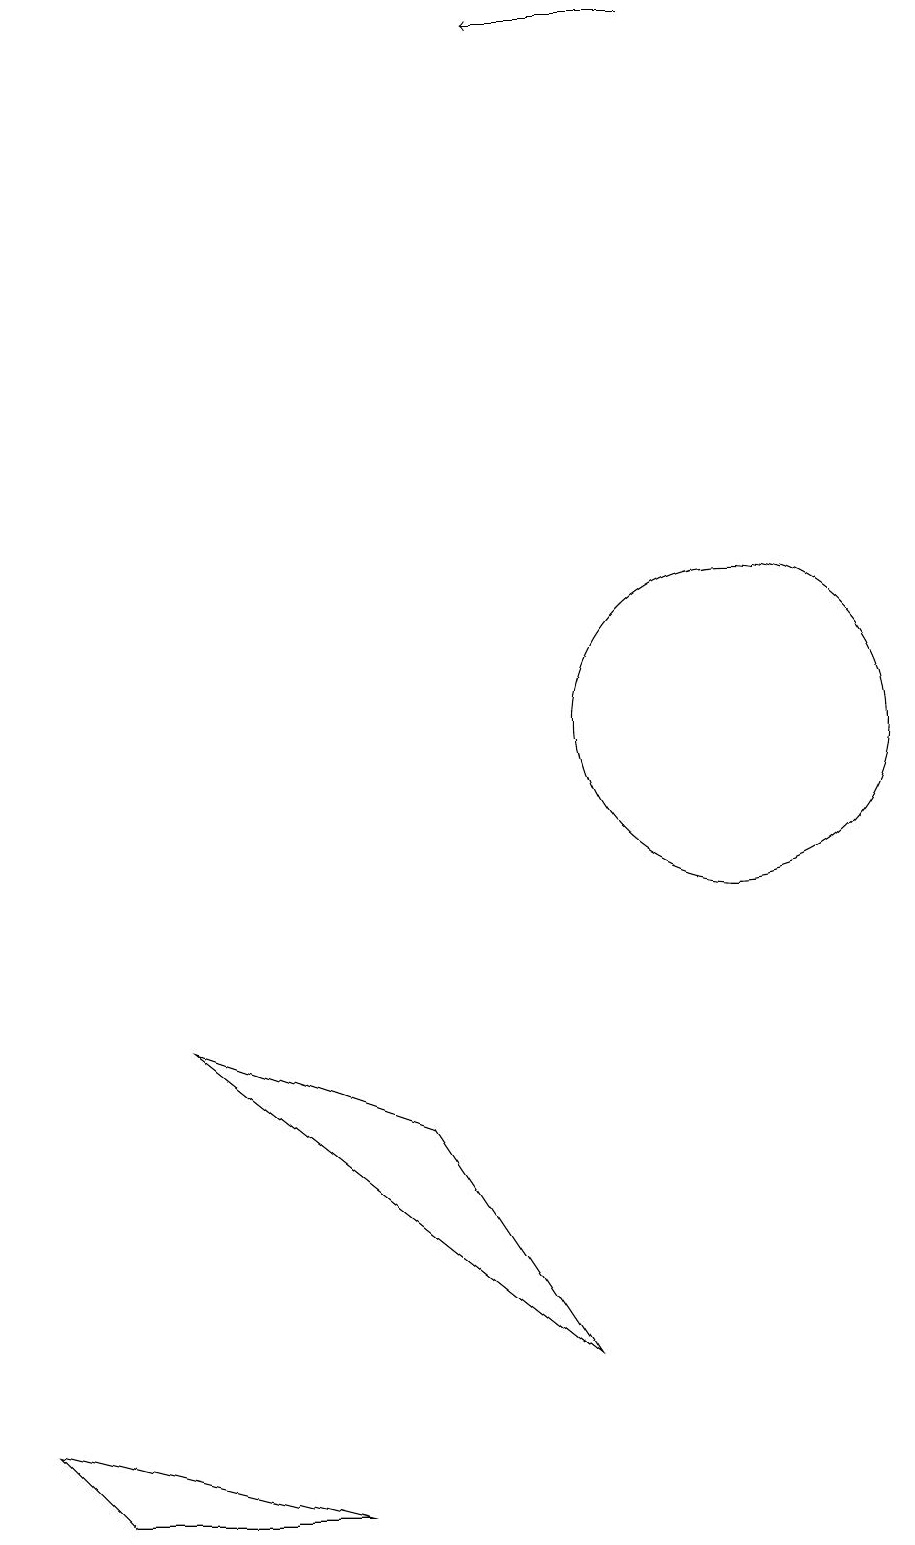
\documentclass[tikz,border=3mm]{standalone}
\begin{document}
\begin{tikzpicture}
\draw[->] (9,19) -- (7,19);
\draw (3,6) -- (6,5) -- (8,2) -- cycle;
\draw (10,10) circle (2);
\draw (5,0) -- (1,1) -- (2,0) -- cycle;
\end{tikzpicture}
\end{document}